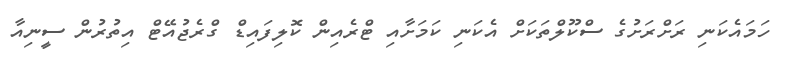
ހަމައެކަނި ރަށްރަށުގެ ސްކޫލްތަކަށް އެކަނި ކަމަށާއި ޓްރެއިން ކޮލިފައިޑް ގްރެޖުއޭޓް އިތުރުން ސީނިއާ